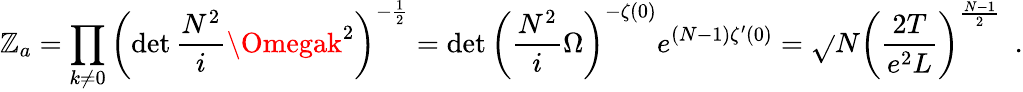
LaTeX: \mathbb{Z}_{a}=\prod_{k\neq0}\left(\operatorname*{det}\frac{{N^{2}}}{{i}}\Omegak^{2}\right)^{-\frac{{1}}{{2}}}=\operatorname*{det}\left(\frac{{N^{2}}}{{i}}\Omega\right)^{-\zeta(0)}e^{(N-1)\zeta^{\prime}(0)}=\sqrt{}{{N}}\left(\frac{{2T}}{{e^{2}L}}\right)^{\frac{{N-1}}{{2}}}\ \ .